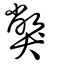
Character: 獘